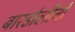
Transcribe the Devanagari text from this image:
बारडोलीनो